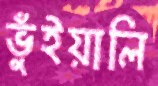
ভুঁইয়ালি